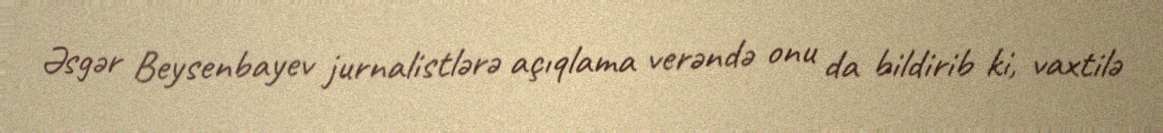
Əsgər Beysenbayev jurnalistlərə açıqlama verəndə onu da bildirib ki, vaxtilə